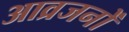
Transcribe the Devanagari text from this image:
आव्रजनों